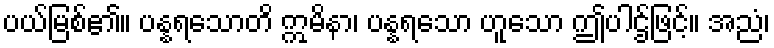
ပယ်မြစ်၏။ ပန္နရသောတိ ဣမိနာ၊ ပန္နရသော ဟူသော ဤပါဌ်ဖြင့်။ အညံ၊